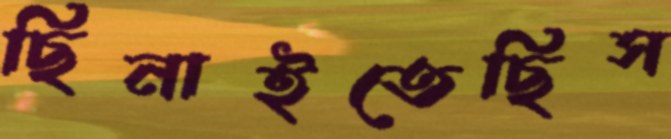
ছিনাইতেছিস